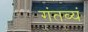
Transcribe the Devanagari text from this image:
गंतव्यं